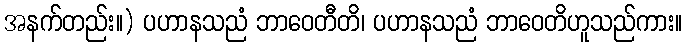
အနက်တည်း။) ပဟာနသညံ ဘာဝေတီတိ၊ ပဟာနသညံ ဘာဝေတိဟူသည်ကား။